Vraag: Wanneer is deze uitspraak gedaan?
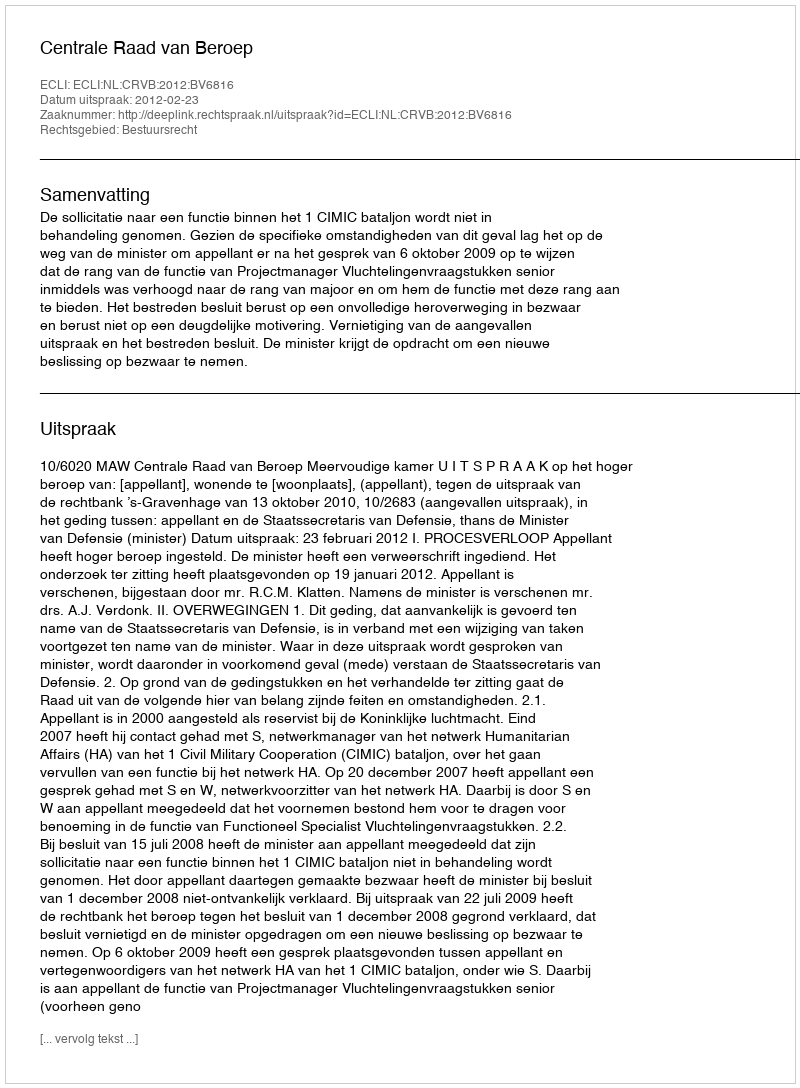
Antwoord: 2012-02-23